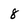
Character: 8